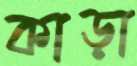
কাড়া